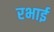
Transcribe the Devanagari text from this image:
रभाई